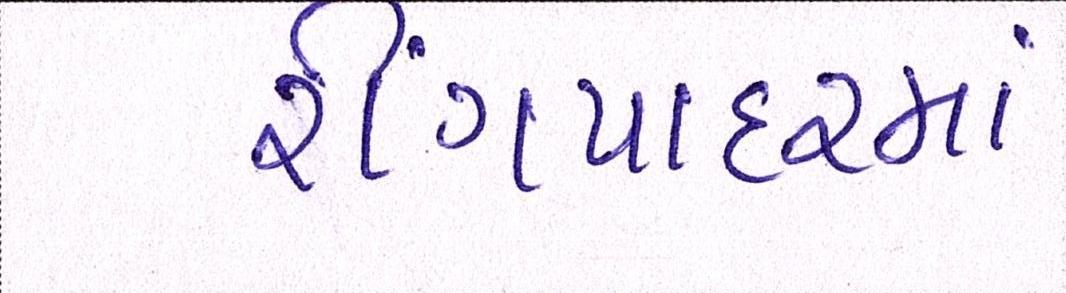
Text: રીંગપાદરમાં